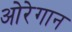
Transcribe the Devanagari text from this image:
ओरेगान